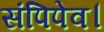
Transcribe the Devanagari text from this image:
संपिपेव।